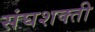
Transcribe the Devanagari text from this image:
संघशक्ती